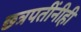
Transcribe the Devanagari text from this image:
छत्रपतींनीही